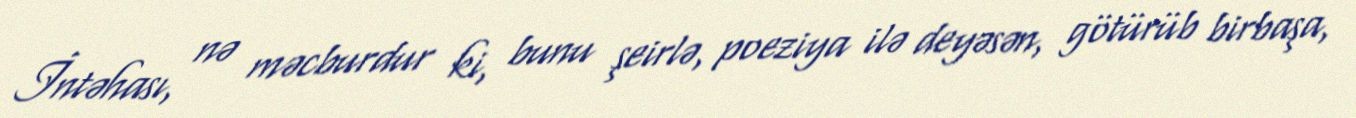
İntəhası, nə məcburdur ki, bunu şeirlə, poeziya ilə deyəsən, götürüb birbaşa,